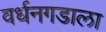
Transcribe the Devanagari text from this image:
वर्धनगडाला